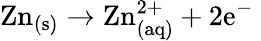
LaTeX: \mathrm{Zn_{(s)}\rightarrow Zn_{(aq)}^{2+}+2e^{-}\ }